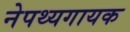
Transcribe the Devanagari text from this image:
नेपथ्यगायक